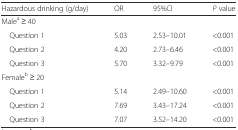
| Hazardous drinking (g/day) | OR | 95%CI | P value |
 | --- | --- | --- | --- |
 | <COLSPAN=4> Malea ≥ 40 |
 | Question 1 | 5.03 | 2.53–10.01 | <0.001 |
 | Question 2 | 4.20 | 2.73–6.46 | <0.001 |
 | Question 3 | 5.70 | 3.32–9.79 | <0.001 |
 | <COLSPAN=4> Femaleb ≥ 20 |
 | Question 1 | 5.14 | 2.49–10.60 | <0.001 |
 | Question 2 | 7.69 | 3.43–17.24 | <0.001 |
 | Question 3 | 7.07 | 3.52–14.20 | <0.001 |